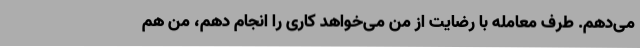
می‌دهم. طرف معامله با رضایت از من می‌خواهد کاری را انجام دهم، من هم